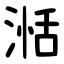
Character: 湉